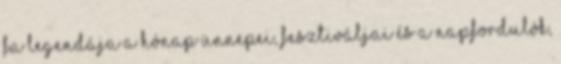
fa legendája A hónap ünnepei, fesztiváljai és a napfordulók,